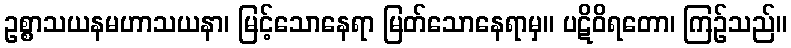
ဥစ္စာသယနမဟာသယနာ၊ မြင့်သောနေရာ မြတ်သောနေရာမှ။ ပဋိဝိရတော၊ ကြဉ်သည်။